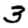
Digit: 3